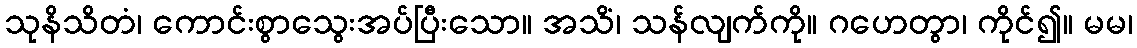
သုနိသိတံ၊ ကောင်းစွာသွေးအပ်ပြီးသော။ အသိံ၊ သန်လျက်ကို။ ဂဟေတွာ၊ ကိုင်၍။ မမ၊